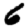
Digit: 6